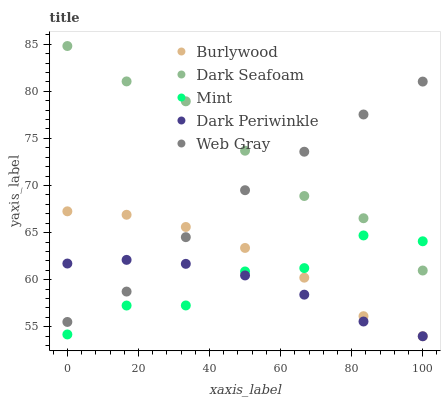
| xaxis_label | Burlywood | Dark Seafoam | Mint | Dark Periwinkle | Web Gray |
 | --- | --- | --- | --- | --- | --- |
 | 0 | 67.3 | 84.8 | 54.2 | 61.7 | 55.5 |
 | 16.7 | 66.9 | 81 | 57.3 | 62.1 | 58.7 |
 | 33.3 | 65.6 | 78.9 | 57.3 | 61.7 | 64.5 |
 | 50 | 63.4 | 73.7 | 60.9 | 60.5 | 69.5 |
 | 66.7 | 60.2 | 68.9 | 61.2 | 58.4 | 73.6 |
 | 83.3 | 56.1 | 66.5 | 64.7 | 55.6 | 77.5 |
 | 100 | 54 | 61 | 64.1 | 54 | 81 |